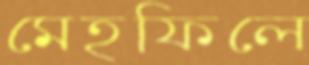
মেহফিলে